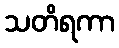
သတိရကာ